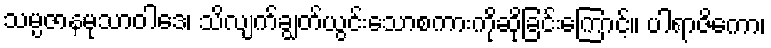
သမ္ပဇာနမုသာဝါဒေ၊ သိလျက်ချွတ်ယွင်းသောစကားကိုဆိုခြင်းကြောင့်။ ပါရာဇိကော၊